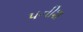
પનીશ